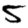
Digit: 5